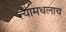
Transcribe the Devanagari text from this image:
त्यामधलाच